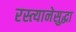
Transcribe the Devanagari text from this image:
रस्त्यानेसुद्धा